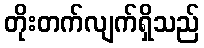
တိုးတက်လျက်ရှိသည်